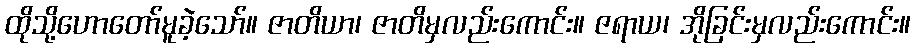
ထိုသို့ဟောတော်မူခဲ့သော်။ ဇာတိယာ၊ ဇာတိမှလည်းကောင်း။ ဇရာယ၊ အိုခြင်းမှလည်းကောင်း။